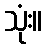
သုံး။